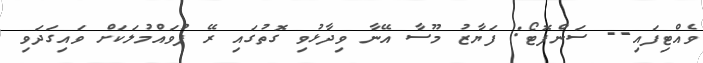
ވެއްޓިފައި-- ސަންފޮޓޯ: ފަޔާޒު މޫސާ އޭނާ ވިދާޅުވި ގޮތުގައި ރޭ ފުވައްމުލަކަށް ވައިގަދަވި